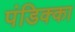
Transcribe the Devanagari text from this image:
पंडिक्का